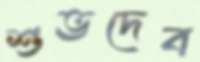
শুভদেব